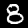
Label: 8